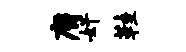
膺奸鞋